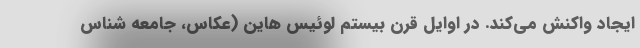
ایجاد واکنش می‌کند. در اوایل قرن بیستم لوئیس هاین (عکاس، جامعه شناس